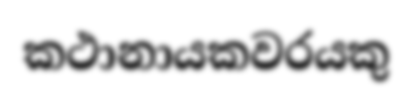
කථානායකවරයකු